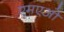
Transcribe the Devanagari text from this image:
एमएओ